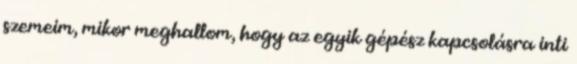
szemeim, mikor meghallom, hogy az egyik gépész kapcsolásra inti